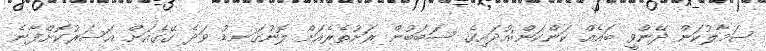
ސަމާލުކަން ދޭންވީ ބައެއް ކަންކަން:އުދައިގެ ސަބަބުން ރަށުތެރެއަށް ލޮނުގަނޑު ވަދެ ގޭގެއަށް އަސަރުކޮށްފާނެ